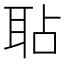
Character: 𦕒